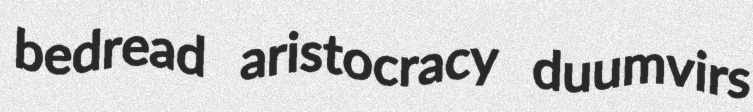
bedread aristocracy duumvirs